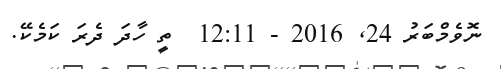
ނޮވެމްބަރު 24